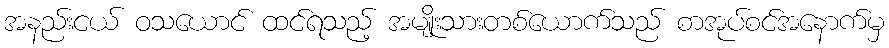
အနည်းငယ် ဝသယောင် ထင်ရသည့် အမျိုးသားတစ်ယောက်သည် စာအုပ်စင်အနောက်မှ